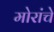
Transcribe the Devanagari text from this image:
मोरांचे